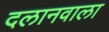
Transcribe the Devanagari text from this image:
दलानवाला